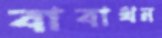
বাবাথন